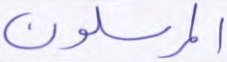
المرسلون